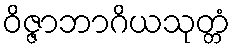
ဝိဇ္ဇာဘာဂိယသုတ္တံ